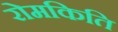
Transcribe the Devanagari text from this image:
रोमकिति